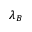
\lambda _ { B }